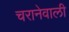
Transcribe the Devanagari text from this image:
चरानेवाली